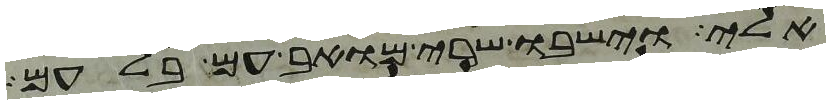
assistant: אלי וישבו שרי מואב עם בלעם